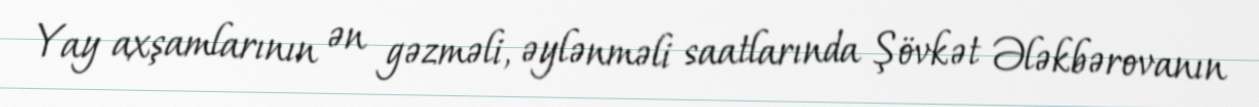
Yay axşamlarının ən gəzməli, əylənməli saatlarında Şövkət Ələkbərovanın